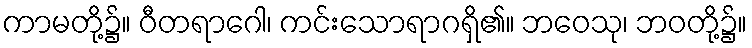
ကာမတို့၌။ ဝီတရာဂေါ၊ ကင်းသောရာဂရှိ၏။ ဘဝေသု၊ ဘဝတို့၌။